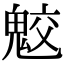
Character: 𩲻